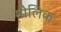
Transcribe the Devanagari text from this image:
माैलिक